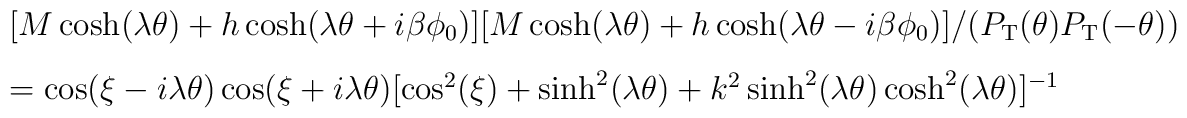
\begin{array}{ll}&[M\cosh(\lambda \theta) +  h\cosh(\lambda \theta +i\beta\phi_0)] [M\cosh(\lambda \theta) + {h}\cosh (\lambda \theta -i\beta\phi_0)]/(P_{\rm T}( \theta)P_{\rm T}(-\theta)) \\[3mm]&= \cos(\xi -i\lambda\theta)\cos(\xi +i\lambda\theta)[\cos^2(\xi) + \sinh^2(\lambda \theta) + k^2\sinh^2(\lambda \theta)\cosh^2(\lambda \theta)]^{-1} \end{array}